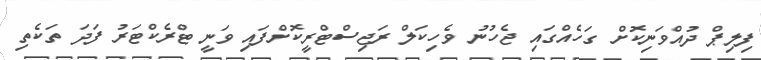
ފިލިޕް ދުއްވަނިކޮށް ގަހެއްގައި ޖެހުނު ވެހިކަލް ރަޖިސްޓްރީކޮށްފައި ވަނީ ޓްރެކްޓަރު ފަދަ ތަކެތި